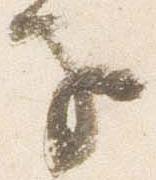
子